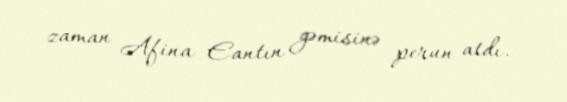
zaman Afina Eantın gəmisinə perun atdı.